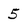
Character: 5